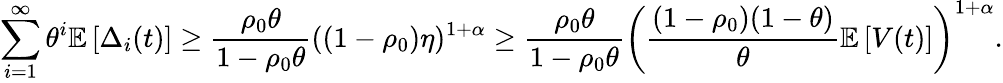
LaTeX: \sum_{i=1}^{\infty}\theta^{i}\mathbb{E}\left[\Delta_{i}(t)\right]\geq\frac{\rho_{0}\theta}{1-\rho_{0}\theta}((1-\rho_{0})\eta)^{1+\alpha}\geq\frac{\rho_{0}\theta}{1-\rho_{0}\theta}\left(\frac{(1-\rho_{0})(1-\theta)}{\theta}\mathbb{E}\left[V(t)\right]\right)^{1+\alpha}.